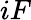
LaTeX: iF